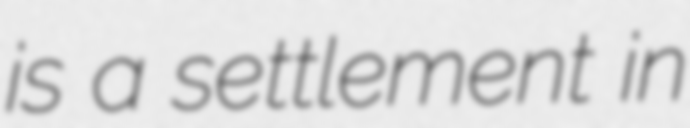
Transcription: is a settlement in